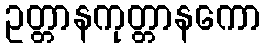
ဥတ္တာနကုတ္တာနကော